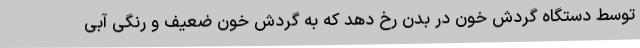
توسط دستگاه گردش خون در بدن رخ دهد که به گردش خون ضعیف و رنگی آبی